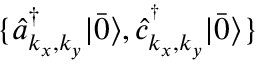
\{ \hat { a } _ { { k _ { x } , k _ { y } } } ^ { \dagger } | \bar { 0 } \rangle , \hat { c } _ { { k _ { x } , k _ { y } } } ^ { ^ \dagger } | \bar { 0 } \rangle \}